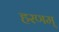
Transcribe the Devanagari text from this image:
हरणम्